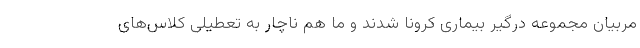
مربیان مجموعه درگیر بیماری کرونا شدند و ما هم ناچار به تعطیلی کلاس‌های